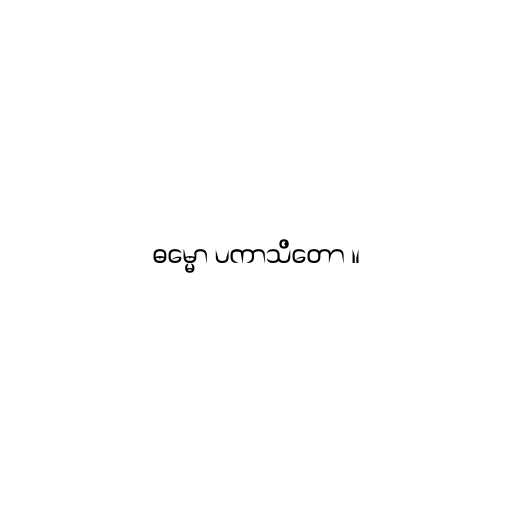
ဓမ္မော ပကာသိတော ။